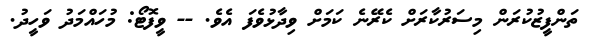
ތަންފީޒުކުރަން މިސަރުކާރަށް ކެރޭނެ ކަމަށް ވިދާޅުވެފަ އެވެ. -- ވީފޮޓޯ: މުހައްމަދު ވަހީދު.